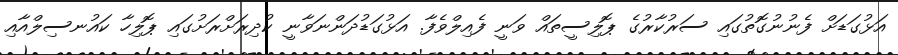
އަޅުގަޑަށް ފެނުނުގޮތުގައި ސަރުކާރުގެ ޕޮލިސީތައް ވަނީ ފެއިލްވެފާ. އަޅުގަޑުދަންނަވާނީ ކުދިރަށްރަށުގައި ޕޮލިހާ ކައުނސިލްއާއި